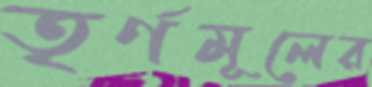
তৃর্ণমূলের